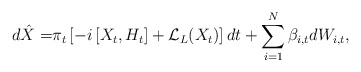
\begin{align*}d\hat{X} = & \pi_t \left[ -i \left[X_t,H_t\right] + \mathcal{L}_L(X_t)\right] dt+ \sum\limits_{i=1}^{N} \beta_{i,t} dW_{i,t},\end{align*}